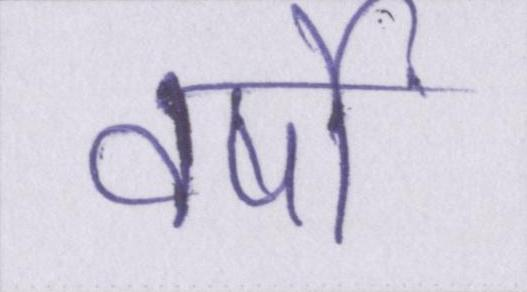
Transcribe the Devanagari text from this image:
वर्षों